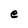
Character: e